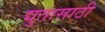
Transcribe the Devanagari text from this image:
द्युतासाठी